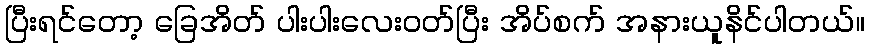
ပြီးရင်တော့ ခြေအိတ် ပါးပါးလေးဝတ်ပြီး အိပ်စက် အနားယူနိင်ပါတယ်။